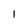
Character: l